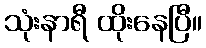
သုံးနာရီ ထိုးနေပြီ။